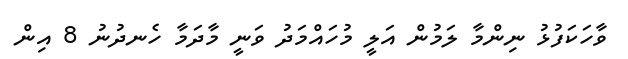
ވާހަކަފުޅު ނިންމާ ލަމުން އަލީ މުހައްމަދު ވަނީ މާދަމާ ހެނދުނު 8 އިން